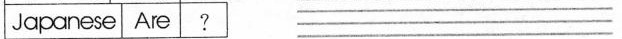
Japanese Are ? ___